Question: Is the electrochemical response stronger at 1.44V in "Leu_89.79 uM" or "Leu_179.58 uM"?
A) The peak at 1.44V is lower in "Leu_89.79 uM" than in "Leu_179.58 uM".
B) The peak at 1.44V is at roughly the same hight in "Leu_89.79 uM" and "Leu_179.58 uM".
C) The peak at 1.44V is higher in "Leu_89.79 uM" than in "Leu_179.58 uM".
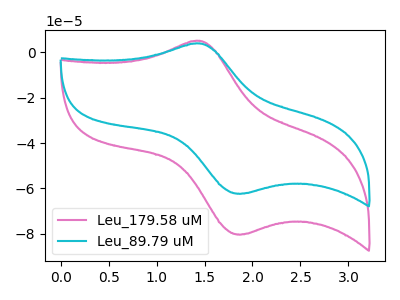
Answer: <think>The pink curve "Leu_179.58 uM" has an anodic peak at (1.45V, 5.10uA) and a cathodic peak at (1.90V, -80.30uA). The cyan curve "Leu_89.79 uM" has an anodic peak at (1.45V, 3.95uA) and a cathodic peak at (1.90V, -62.30uA).</think>
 <answer>A) The peak at 1.44V is lower in "Leu_89.79 uM" than in "Leu_179.58 uM".</answer>
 <eval>A</eval>